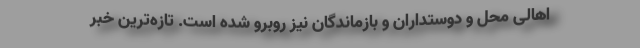
اهالی محل و دوستداران و بازماندگان نیز روبرو شده است. تازه‌ترین خبر